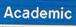
academic